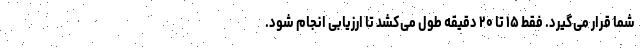
شما قرار می‌گیرد. فقط ۱۵ تا ۲۰ دقیقه طول می‌کشد تا ارزیابی انجام شود.